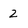
Character: 2